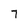
Character: 7